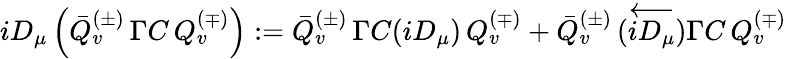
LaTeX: iD_{\mu}\left(\bar{Q}_{v}^{(\pm)}\, \Gamma C\, Q_{v}^{(\mp)}\right):=\bar{Q}_{v}^{(\pm)}\, \Gamma C(iD_{\mu})\, Q_{v}^{(\mp)}+\bar{Q}_{v}^{(\pm)}\, (\stackrel{\longleftarrow}{iD_{\mu}})\Gamma C\, Q_{v}^{(\mp)}